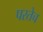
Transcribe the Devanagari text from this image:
परतेच